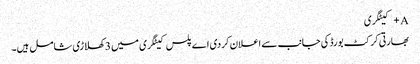
A+ کیٹگری
بھارتی کرکٹ بورڈ کی جانب سے اعلان کردی اے پلس کیٹگری میں 3 کھلاڑی شامل ہیں۔